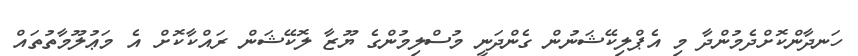
ހަނދާންކޮށްދެމުންދާ މި އެޕްލިކޭޝަނުން ގެންދަނީ މުސްލިމުންގެ ޔޫޒާ ލޮކޭޝަން ރައްކާކޮށް އެ މަޢުލޫމާތުތައް